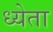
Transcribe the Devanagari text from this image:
ध्येता